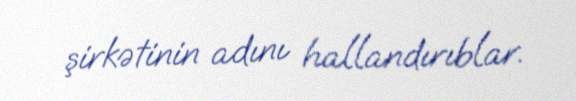
şirkətinin adını hallandırıblar.